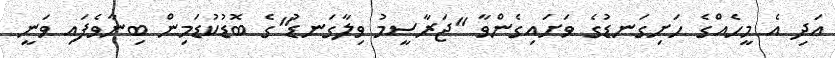
އަދި އެ މީހެއްގެ ހަށިގަނޑުގެ ވަށައިގެންވާ "ޖަރާސީމު ވިލާގަނޑު"ގެ ބޮޑުކުޑަމިން ބިނާވެފައި ވަނީ